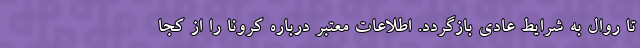
تا روال به شرایط عادی بازگردد. اطلاعات معتبر درباره کرونا را از کجا